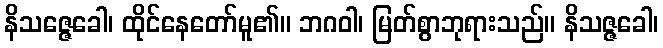
နိသဇ္ဇေခေါ၊ ထိုင်နေတော်မူ၏။ ဘဂဝါ၊ မြတ်စွာဘုရားသည်။ နိသဇ္ဇခေါ၊